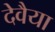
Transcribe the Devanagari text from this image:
देवैया